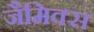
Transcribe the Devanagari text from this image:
जैमिक्स